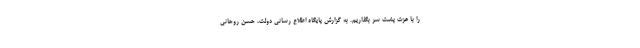
را با عزت پشت سر بگذاریم. به گزارش پایگاه اطلاع رسانی دولت، حسن روحانی